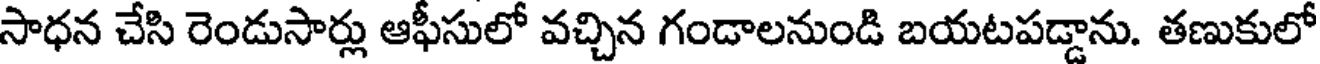
సాధన చేసి రెండుసార్లు ఆఫీసులో వచ్చిన గండాలనుండి బయటపడ్డాను. తణుకులో